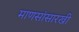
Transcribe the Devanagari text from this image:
माणसांसारखी